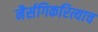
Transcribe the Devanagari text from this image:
नैर्सगिकरित्याच